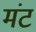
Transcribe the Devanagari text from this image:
मंट